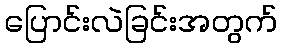
ပြောင်းလဲခြင်းအတွက်